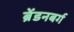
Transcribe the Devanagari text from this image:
ब्रेंडनबर्ग